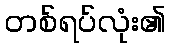
တစ်ရပ်လုံး၏